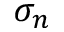
\sigma _ { n }